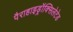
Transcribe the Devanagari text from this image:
पैराहाइड्रॉक्सिलेटेड